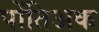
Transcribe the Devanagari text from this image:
पोंतिअक